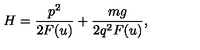
H = \frac { p ^ { 2 } } { 2 F ( u ) } + \frac { m g } { 2 q ^ { 2 } F ( u ) } ,